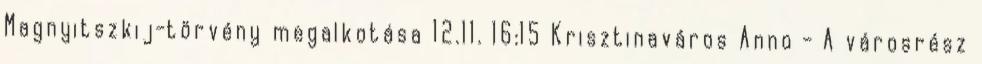
Magnyitszkij-törvény megalkotása 12.11. 16:15 Krisztinaváros Anno - A városrész